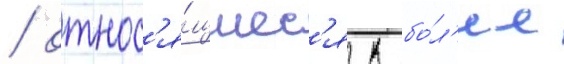
/ относ'я́щиес'я к бо́л'ее